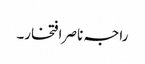
راجہ ناصر افتخار۔